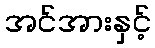
အင်အားနှင့်